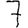
Digit: 7